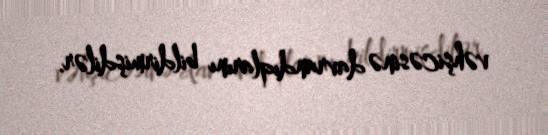
vəhşicəsinə davrandıqlarını bildirmişdilər.